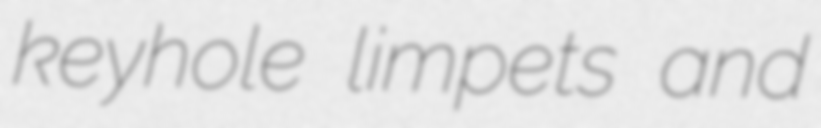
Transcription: keyhole limpets and